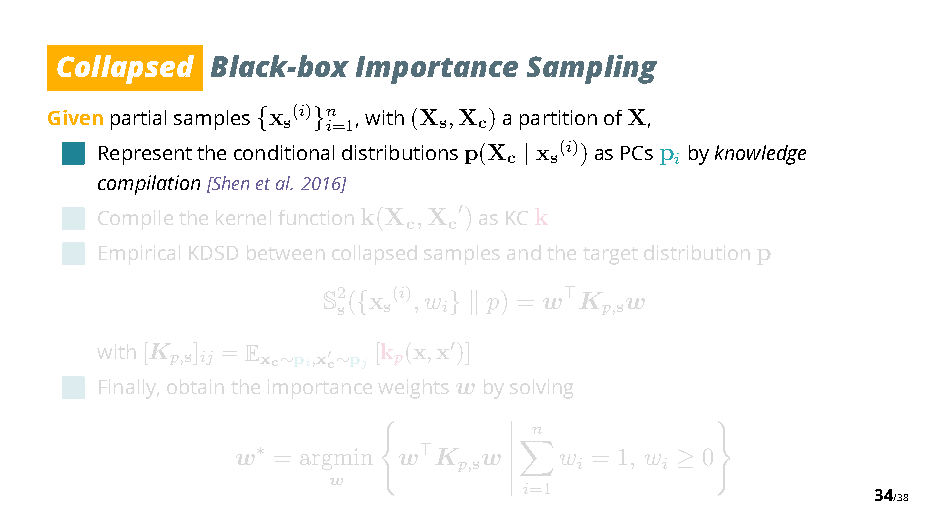
Collapsed Black-box Importance Sampling
 Givenpartialsamples {x s(i) }n i=1,with(X s,X c)apartitionofX,
 Representtheconditionaldistributionsp(X c x s(i))asPCsp ibyknowledge
 |
 compilation[Shenetal. 2016]
 Compilethekernelfunctionk(X c,X c")asKCk
 EmpiricalKDSDbetweencollapsedsamplesandthetargetdistributionp
 S2 s( {x s(i),w
 i
 }$
 p) = w %K p,sw
 with[K p,s] ij = Exc ∼pi,x"c∼pj [k p(x,x ")]
 Finally,obtaintheimportanceweightswbysolving
 n
 w = argmin w K  w    w = 1, w 0
 ∗          % p,s     i     i
 w  )        ’          ≥ *
 ’ ’!i=1                 34/38
 ’
 ’